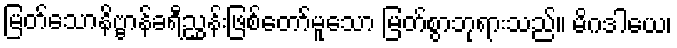
မြတ်သောနိဗ္ဗာန်ခရီညွှန်းဖြစ်တော်မူသော မြတ်စွာဘုရားသည်။ မိဂဒါယေ၊